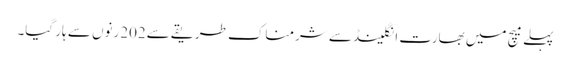
پہلے میچ میں بھارت انگلینڈ سے شرمناک طریقے سے202رنوں سے ہار گیا۔